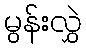
မွန်းလွှဲ